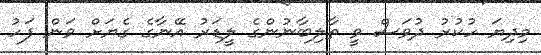
މިދިޔަ ހުކުރު ދުވަސް ވީ ތާލިބާނުންގެ ލީޑަރު އޭނާގެ ގެޔަށް ވަން ފަހު